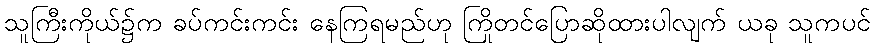
သူကြီးကိုယ်၌က ခပ်ကင်းကင်း နေကြရမည်ဟု ကြိုတင်ပြောဆိုထားပါလျက် ယခု သူကပင်